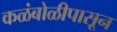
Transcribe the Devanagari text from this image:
कळंबोळीपासून